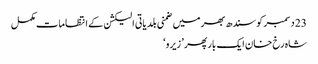
23 دسمبر کو سندھ بھر میں ضمنی بلدیاتی الیکشن کے انتظامات مکمل
شاہ رخ‌ خان ایک بار پھر ’ زیرو ‘